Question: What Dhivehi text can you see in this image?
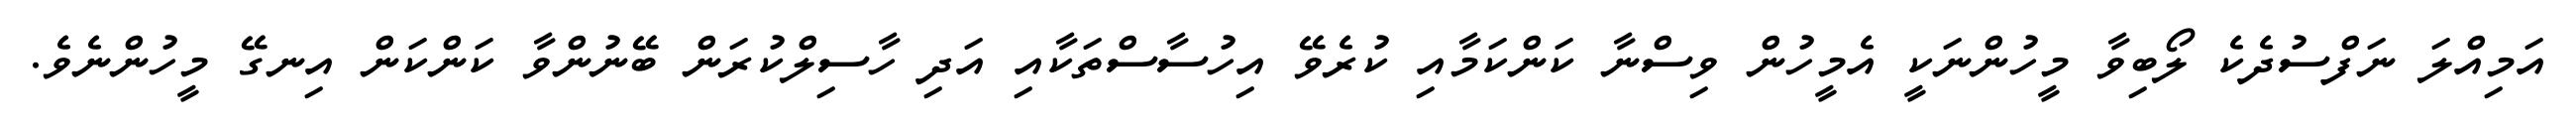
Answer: އަމިއްލަ ނަފްސުދެކެ ލޯބިވާ މީހުންނަކީ އެމީހުން ވިސްނާ ކަންކަމާއި ކުރެވޭ އިހުސާސްތަކާއި އަދި ހާސިލްކުރަން ބޭނުންވާ ކަންކަން އިނގޭ މީހުންނެވެ.